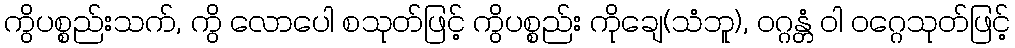
ကွိပစ္စည်းသက်, ကွိ လောပေါ စသုတ်ဖြင့် ကွိပစ္စည်း ကိုချေ(သံဘူ), ဝဂ္ဂန္တံ ဝါ ဝဂ္ဂေသုတ်ဖြင့်